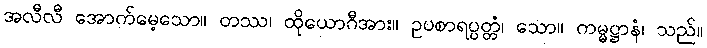
အလီလီ အောက်မေ့သော။ တဿ၊ ထိုယောဂီအား။ ဥပစာရပ္ပတ္တံ၊ သော။ ကမ္မဋ္ဌာနံ၊ သည်။